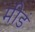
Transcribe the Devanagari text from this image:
मीडं